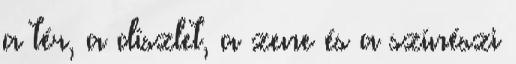
a tér, a díszlet, a zene és a színészi